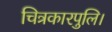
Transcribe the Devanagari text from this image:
चित्रकारपुलि।